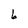
Character: b